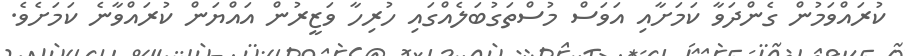
ކުރައްވަމުން ގެންދަވާ ކަމަށާއި އަވަސް މުސްތަގުބަލެއްގައި ހުރިހާ ވަޒީރުން އައްޔަން ކުރައްވާނެ ކަމަށެވެ.